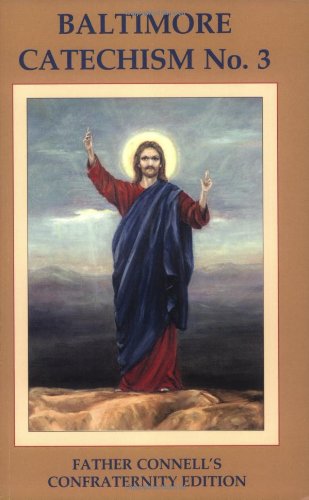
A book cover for Baltimore Catechism and Mass No. 3: The Text of the Official Revised Edition 1949 with Summarizations of Doctrine and Study Helps; Francis J. Connell; Christian Books & Bibles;